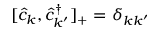
[ \hat { c } _ { k } , \hat { c } _ { k ^ { \prime } } ^ { \dagger } ] _ { + } = \delta _ { k k ^ { \prime } }